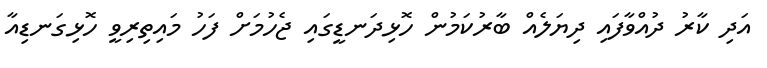
އަދި ކާރު ދުއްވާފައި ދިޔަލެއް ބާރުކަމުން ހޮޅިދަނޑީގައި ޖެހުމަށް ފަހު މައިތިރިވީ ހޮޅިގަނޑިއާ